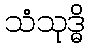
သံသုဒ္ဓိ